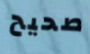
صحيح